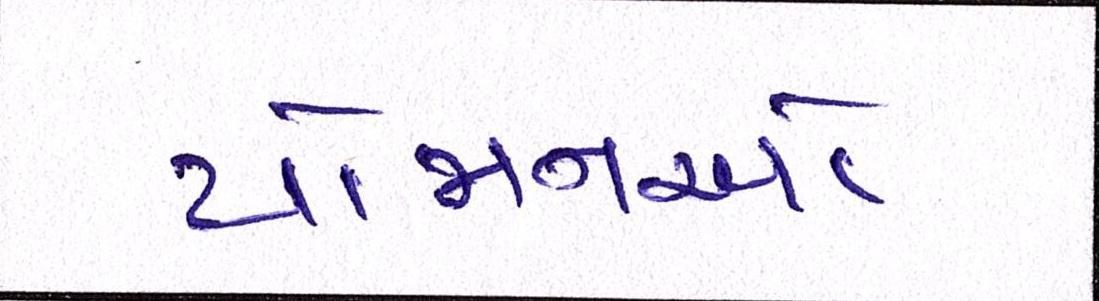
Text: યોજાનઓ